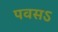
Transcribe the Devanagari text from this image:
पवसऽ